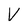
Character: V